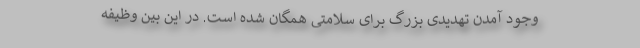
وجود آمدن تهدیدی بزرگ برای سلامتی همگان شده است. در این بین وظیفه